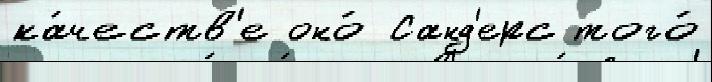
ка́честв'е оно́ Санд'ерс того́